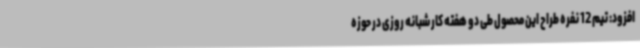
افزود: تیم 12 نفره طراح این محصول طی دو هفته کار شبانه روزی در حوزه